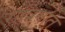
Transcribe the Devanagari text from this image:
रात्रिगति